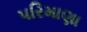
પરિમાણા